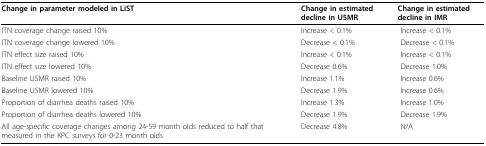
<table><thead><tr><td><b>Change in parameter modeled in LiST</b></td><td><b>Change in estimated decline in U5MR</b></td><td><b>Change in estimated decline in IMR</b></td></tr></thead><tbody><tr><td>ITN coverage change raised 10%</td><td>Increase &lt; 0.1%</td><td> Increase &lt; 0.1%</td></tr><tr><td>ITN coverage change lowered 10%</td><td>Decrease &lt; 0.1%</td><td> Decrease &lt; 0.1%</td></tr><tr><td>ITN effect size raised 10%</td><td>Increase &lt; 0.1%</td><td> Increase &lt; 0.1%</td></tr><tr><td>ITN effect size lowered 10%</td><td>Decrease 0.6%</td><td> Decrease 1.0%</td></tr><tr><td>Baseline U5MR raised 10%</td><td>Increase 1.1%</td><td> Increase 0.6%</td></tr><tr><td>Baseline U5MR lowered 10%</td><td>Decrease 1.9%</td><td> Increase 0.6%</td></tr><tr><td>Proportion of diarrhea deaths raised 10%</td><td>Increase 1.3%</td><td> Increase 1.0%</td></tr><tr><td>Proportion of diarrhea deaths lowered 10%</td><td>Decrease 1.9%</td><td> Decrease 1.9%</td></tr><tr><td>All age-specific coverage changes among 24-59 month olds reduced to half that measured in the KPC surveys for 0-23 month olds</td><td>Decrease 4.8%</td><td> N/A</td></tr></tbody></table>